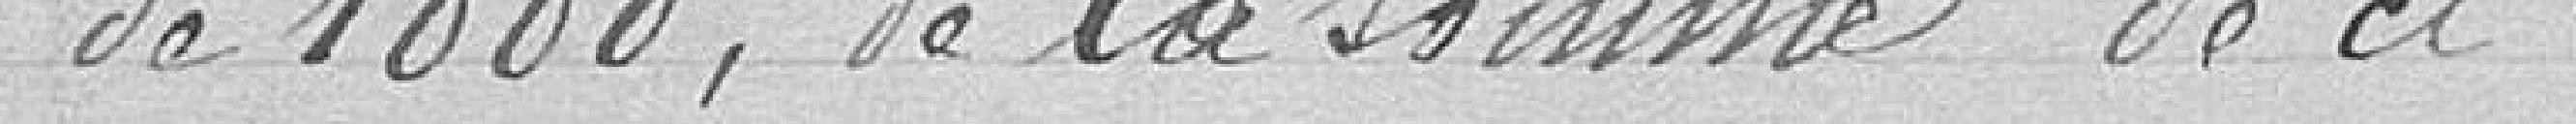
de 1888, de la somme de